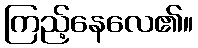
ကြည့်နေလေ၏။